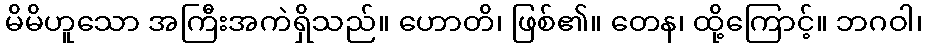
မိမိဟူသော အကြီးအကဲရှိသည်။ ဟောတိ၊ ဖြစ်၏။ တေန၊ ထို့ကြောင့်။ ဘဂဝါ၊